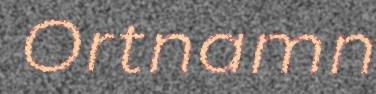
Ortnamn